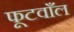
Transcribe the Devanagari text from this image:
फूटवाँल